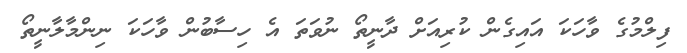
ފިލްމުގެ ވާހަކަ އައިގެން ކުރިއަށް ދާނީތޯ ނުވަތަ އެ ހިސާބުން ވާހަކަ ނިންމާލާނީތޯ